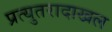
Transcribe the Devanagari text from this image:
प्रत्युतरादाखल